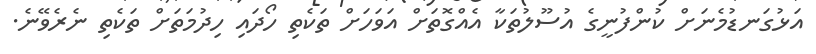
އަޅުގަނޑުމެނަށް ކުންފުނީގެ އުސޫލުތަކާ އެއްގޮތަށް އަވަހަށް ތަކެތި ހޯދައި ހިދުމަތަށް ތަކެތި ނެރެވޭނެ.